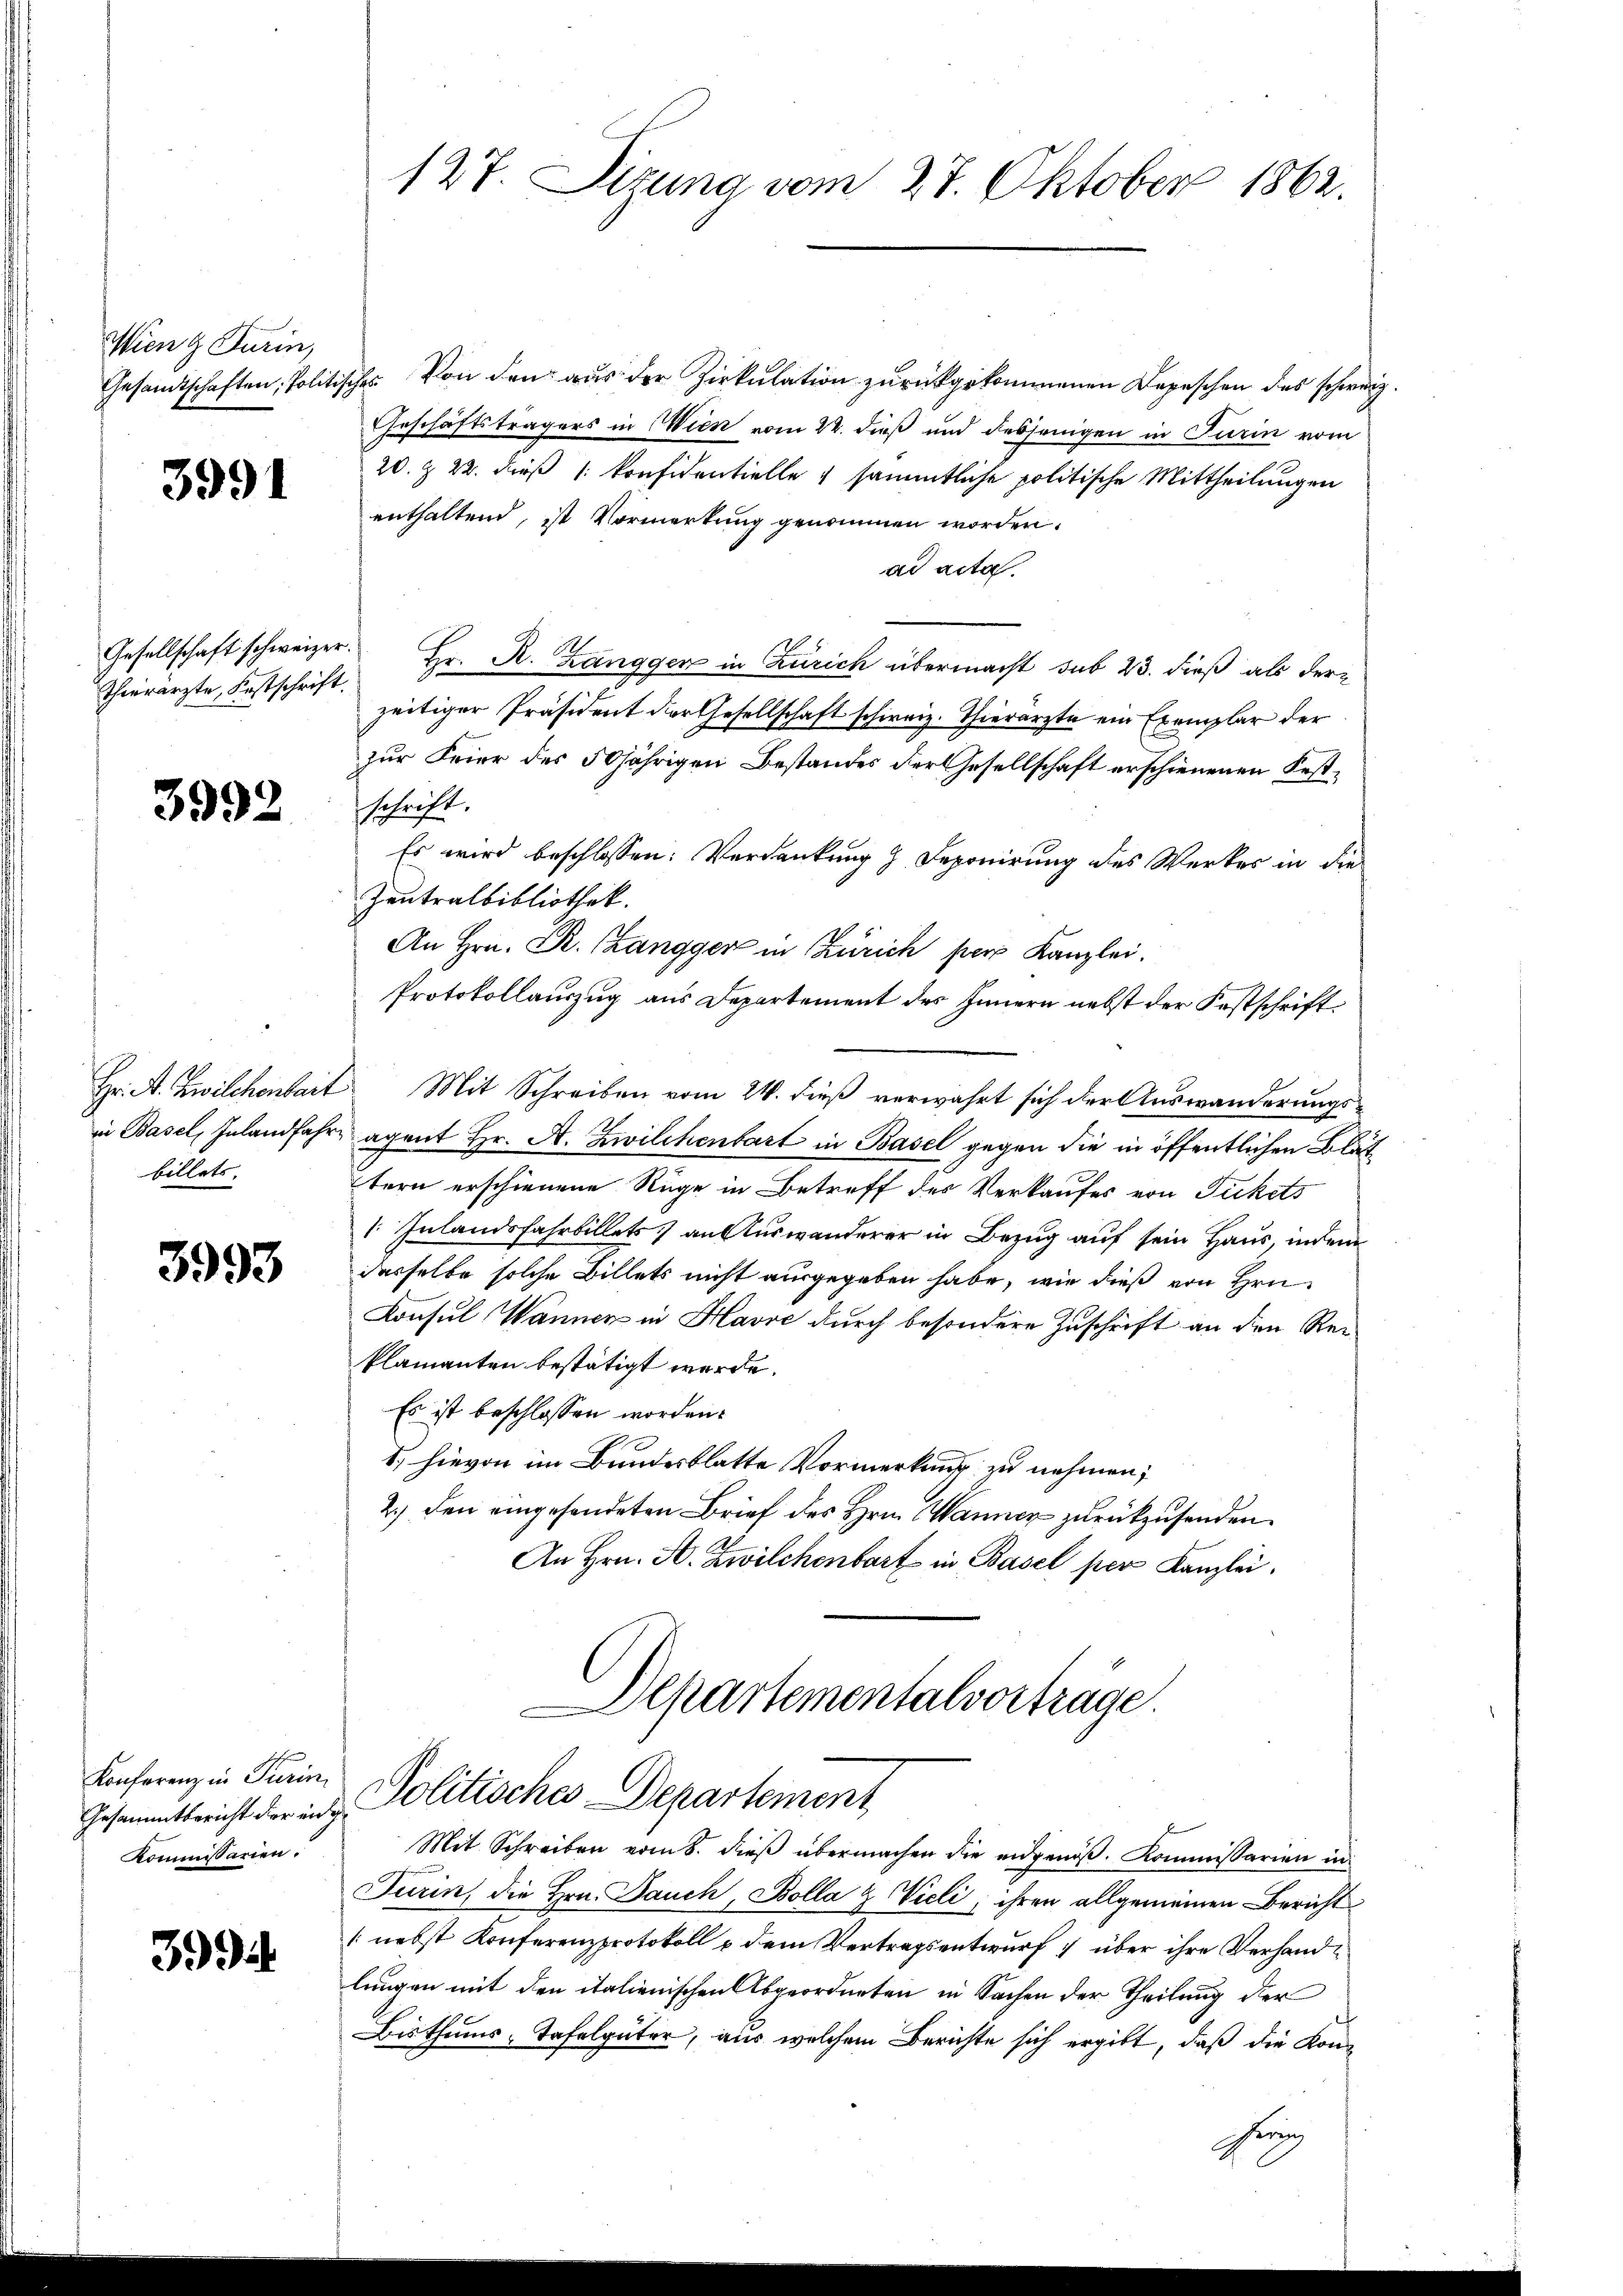
Wieng Turin,

3991

Thierärzte, Festschrift.

3992

billets.

3993

Konferenz in Turin
Kommissarien.

399

Gesandtschaften, Politisches von den aus der Zirkulation zurückgekommenen Depeschen des schweiz
Geschäftsträgers in Wien vom 22. dieß und desjenigen in Turin vom
20. Z. 22. dieß |: konfidentielle & sämmtliche politische Mittheilungen
enthaltend, ist Vormerkung genommen worden.
ad acta.
Gesellschaft schweizer. Hr. R. Zangger in Zürich übermacht sub 23. dieß als derzeitiger Präsident der Gesellschaft schweiz. Thierärzte ein Exemplar der
zur Feier des 50jährigen Bestandes der Gesellschaft erschienenen Festschrift.
Es wird beschlossen: Verdankung 2 Deponirung des Werkes in die
Zeutralbibliothek.
An Hrn. Dr. Zangger in Zürich per Kanzlei.
Protokollauszug aus Departement des Innern nebst der Festschrift¬
Hr. A. Zwilchenbart. Mit Schreiben vom 24. dieß verwahrt sich der Auswanderungsin Basel, Inland fahre agent Hr. A. Zwilchenbart in Basel gegen die in öffentlichen Blättern erschienene Rüge in Betreff des Verkaufes von Fickets
 Inlandsfahrbillets an Auswanderer in Bezug auf sein Haus, indem
desselbe solche Billets nicht ausgegeben habe, wie dieß von Hrn.
Konsul Wannen in Havre durch besondere Zuschrift an den Rei¬
Plamanten bestätigt werde.
Es ist beschlossen worden.
I. hievon im Bundesblatte Vormerkung zu nehmen;
2.) Den eingesendeten Brief des Hrn. Manner zurückzusenden.
An Hrn. A. Zwilchenbart in Basel per Kanzlei.
Departementalvorträge.
Gesamtsricht der in Politisches Departement
Mit Schreiben vom 8. dieß übermachen die eidgenöß. Kommissarien in
Turin, die Hrn. Jauch, Bolla & Vieli, ihren allgemeinen Bericht
(nebst Konferenzprotokoll u dem Vertragsentwurf & über ihre Verhandlungen mit den italienischen Abgeordneten in Sachen der Theilung der
Bisthums-Tafelgüter, aus welchem Berichte sich ergibt, daß die Kon-
hrung

127. Sizung vom 27. Oktober 1862.